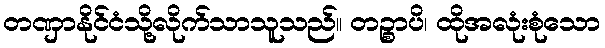
တဏှာနိုင်ငံသို့လိုက်သာသူသည်။ တဉ္စာပိ၊ ထိုအလုံးစုံသော